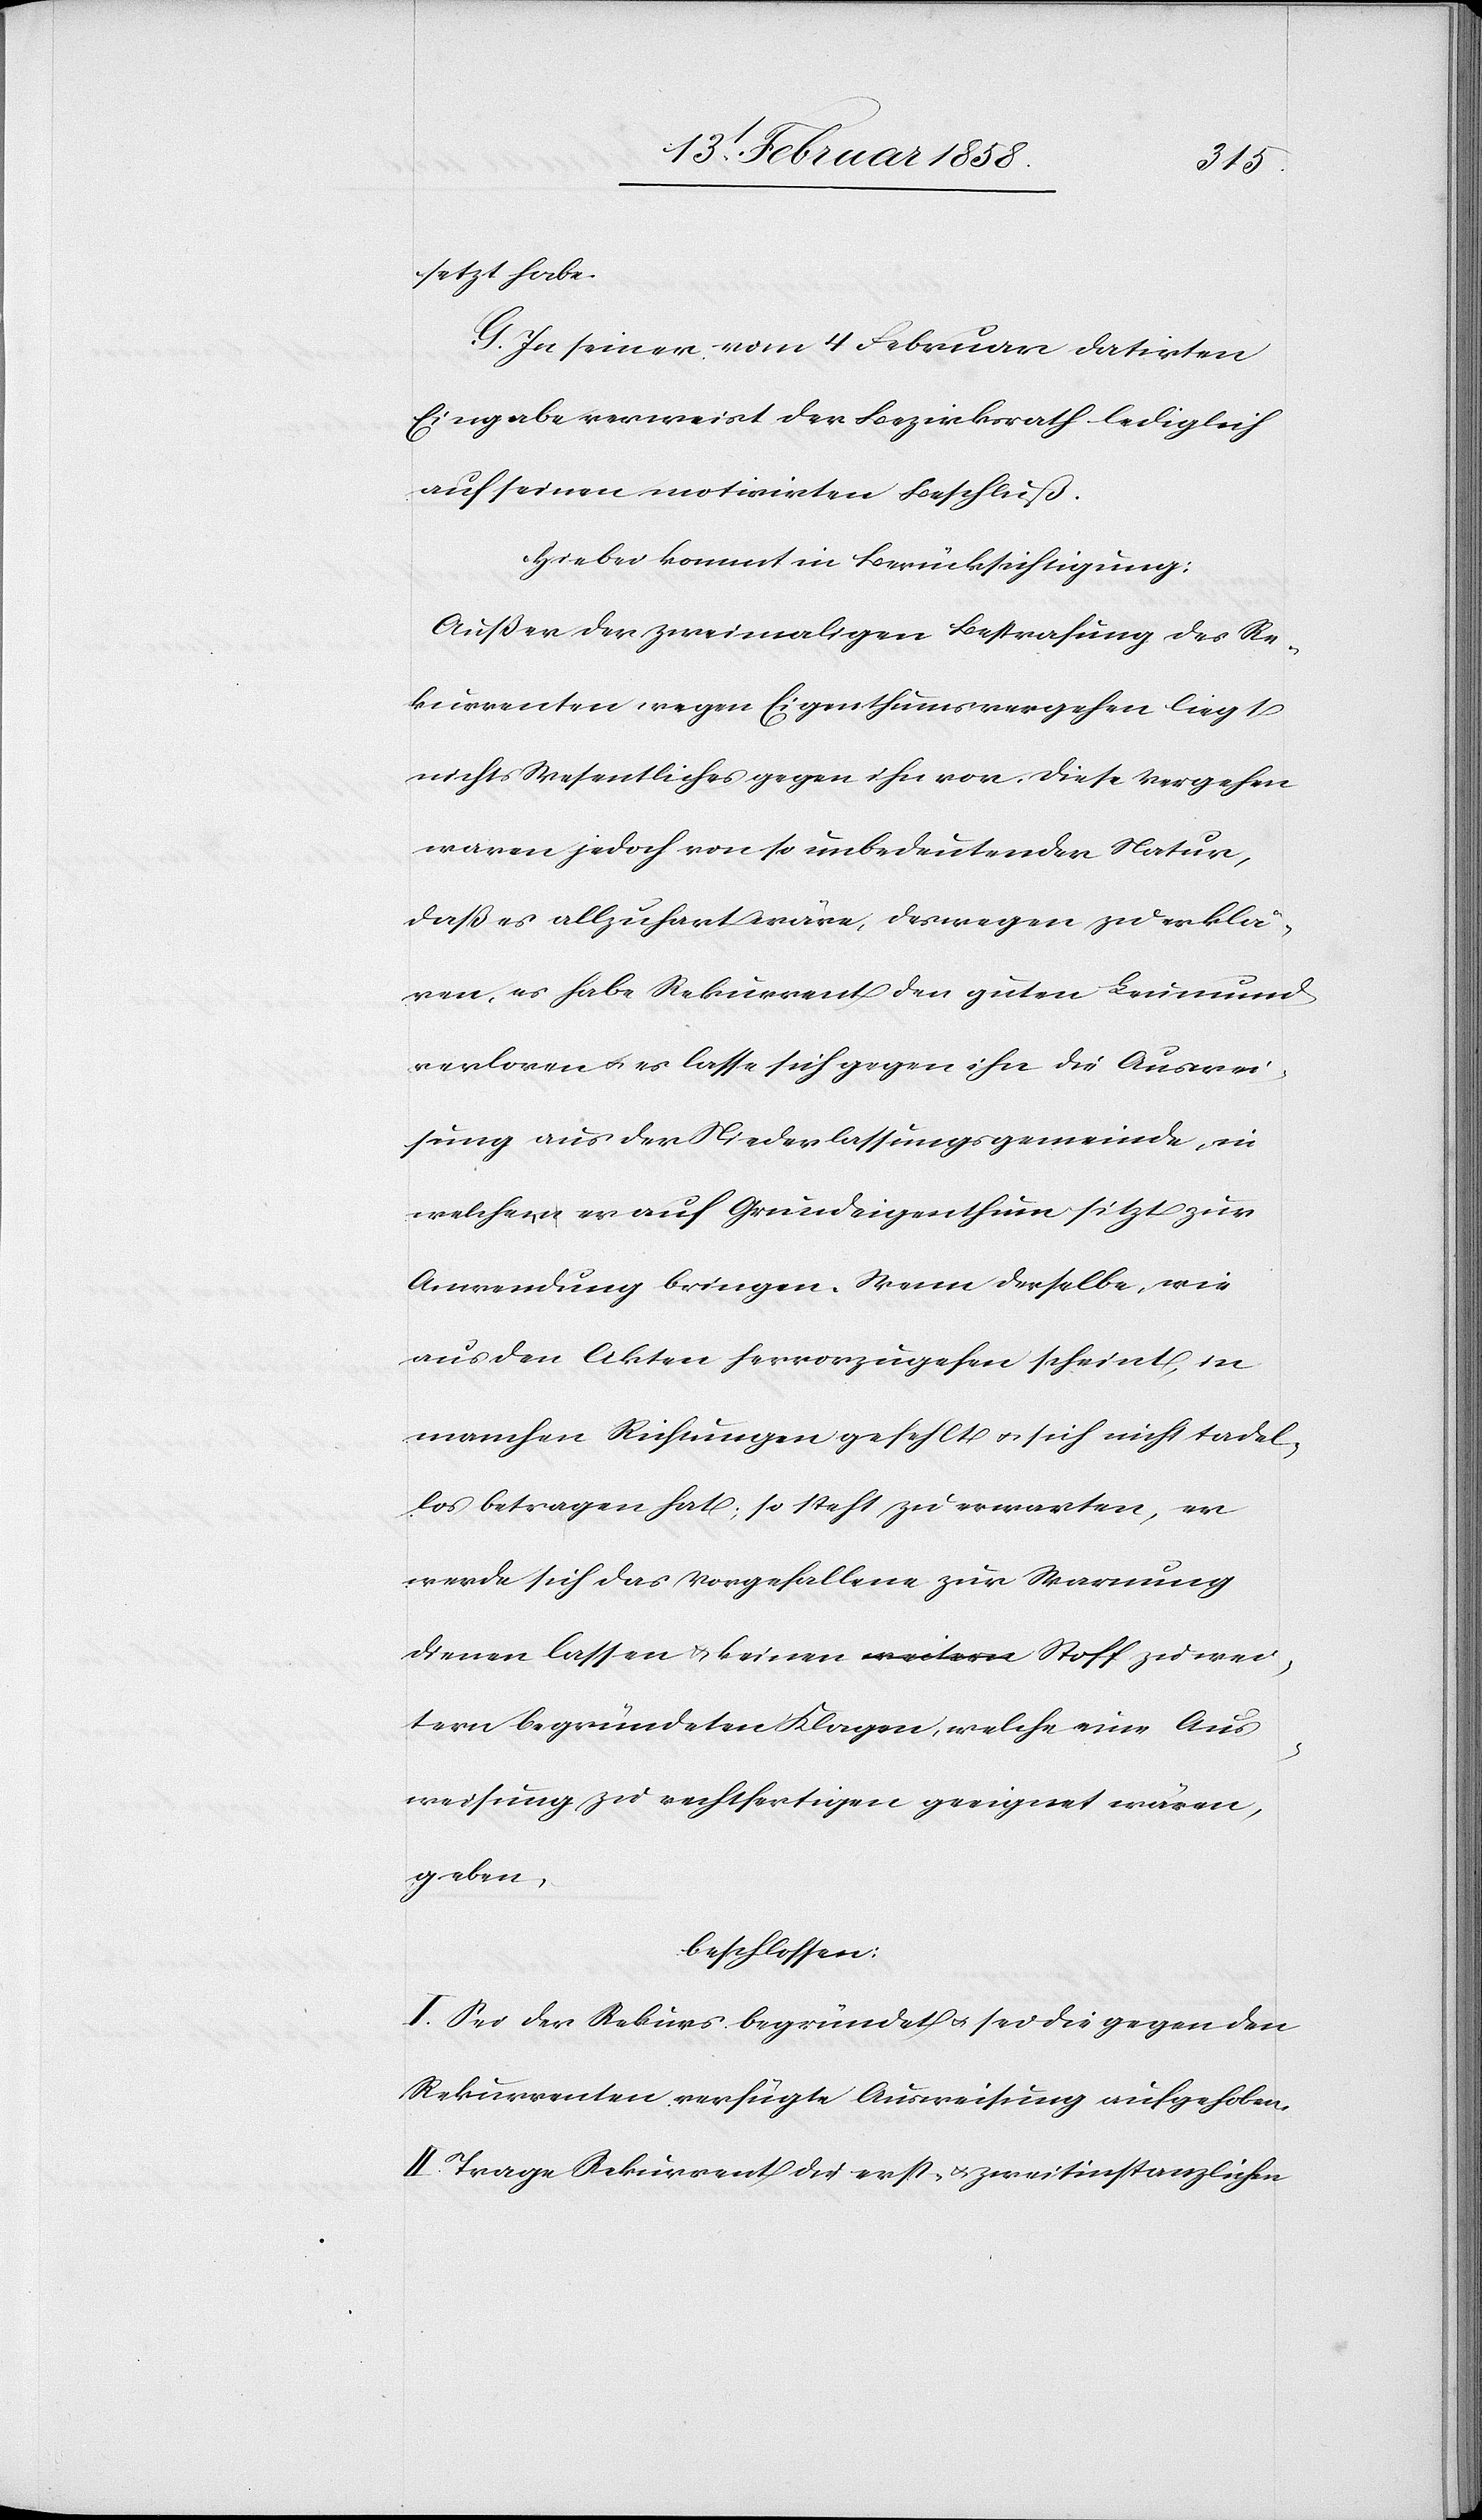
setzt habe.
G. In seiner vom 4 Februar datirten
Eingabe verweist der Bezirksrath lediglich
auf seinen motivirten Beschluß.
Hiebei kommt in Berücksichtigung:
Außer der zweimaligen Bestrafung des Re¬
kurrenten wegen Eingenthumsvergehen liegt
nichts Wesentliches gegen ihn vor. Diese Vergehen
waren jedoch von so unbedeutender Natur,
daß es allzu hart wäre, deswegen zu erklä¬
ren, es habe Rekurrent den guten Leumund
verloren u. es lasse sich gegen ihn die Auswei¬
sung aus der Niederlassungsgemeinde, in
welcher er auf Grundeigenthum sitzt zur
Anwendung bringen. Wenn derselbe, wie
aus den Akten hervorzugehen scheint, in
manchen Richtungen gefehlt u. sich nicht tadel¬
los betragen hat, so steht zu erwarten, er
werde sich das Vorgehaltene zur Warnung
dienen lassen u. keinen Stoff zu wei¬
tern begründeten Klagen, welche eine Aus¬
weisung zu rechtfertigen geeignet wären,
geben,
beschlossen:
I. Sei der Rekurs begründet u. sei die gegen den
Rekurrenten verfügte Ausweisung aufgehoben.
II. Trage Rekurrent die erst- u. zweitinstanzlichen